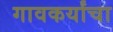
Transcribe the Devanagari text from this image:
गावकर्यांचा